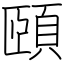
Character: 頤